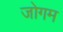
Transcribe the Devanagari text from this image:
जोगम